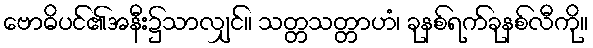
ဗောဓိပင်၏အနီး၌သာလျှင်။ သတ္တသတ္တာဟံ၊ ခုနစ်ရက်ခုနစ်လီကို။